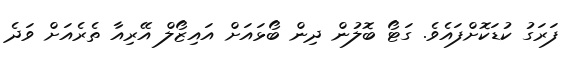
ފަރަގު ކުޑަކޮށްފައެވެ. ގަޓޯ ބޮލުން ދިން ބޯޅައަށް އައިޒޯލް އޭރިއާ ތެރެއަށް ވަދެ